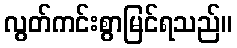
လွတ်ကင်းစွာမြင်ရသည်။